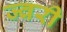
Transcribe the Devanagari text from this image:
ज्वरी